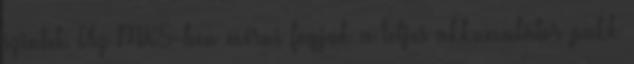
szintet. Az MX5-ben mérni fogjuk a teljes akkumulátor pakk